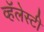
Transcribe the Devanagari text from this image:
व्हॅलेस्टी